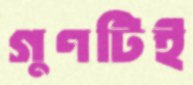
গুণটিই